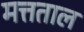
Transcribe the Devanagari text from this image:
मत्तताल